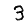
Digit: 3